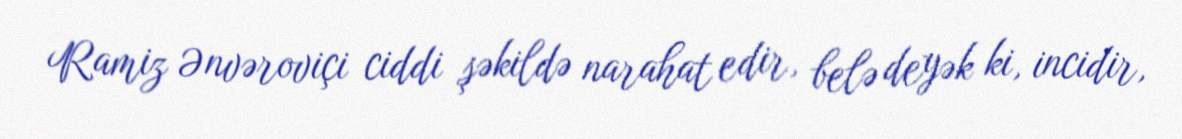
Ramiz Ənvəroviçi ciddi şəkildə narahat edir, belə deyək ki, incidir,